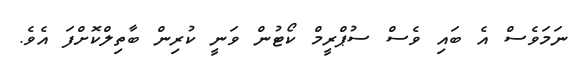
ނަމަވެސް އެ ބައި ވެސް ސުޕްރީމް ކޯޓުން ވަނީ ކުރިން ބާތިލްކޮށްފަ އެވެ.